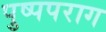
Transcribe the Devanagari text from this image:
पुष्पपराग